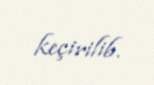
keçirilib.